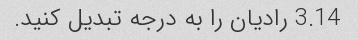
3.14 رادیان را به درجه تبدیل کنید.